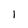
Character: 1